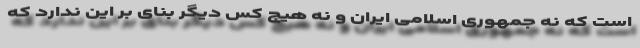
است که نه جمهوری اسلامی ایران و نه هیچ کس دیگر بنای بر این ندارد که